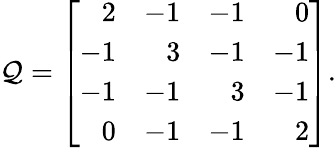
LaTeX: \mathcal{Q}=\left[{\begin{array}{rrrr}{2}&{-1}&{-1}&{0}\\ {-1}&{3}&{-1}&{-1}\\ {-1}&{-1}&{3}&{-1}\\ {0}&{-1}&{-1}&{2}\end{array}}\right].